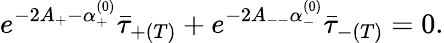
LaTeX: e^{-2A_{+}-\alpha_{+}^{(0)}}\bar{\tau}_{+(T)}+e^{-2A_{--}\alpha_{-}^{(0)}}\bar{\tau}_{-(T)}=0.